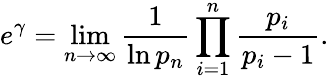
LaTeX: e^{\gamma}=\operatorname*{lim}_{n\to\infty}{\frac{1}{\ln p_{n}}}\prod_{i=1}^{n}{\frac{p_{i}}{p_{i}-1}}.